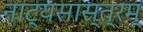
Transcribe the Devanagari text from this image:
नाट्यसास्त्रम्